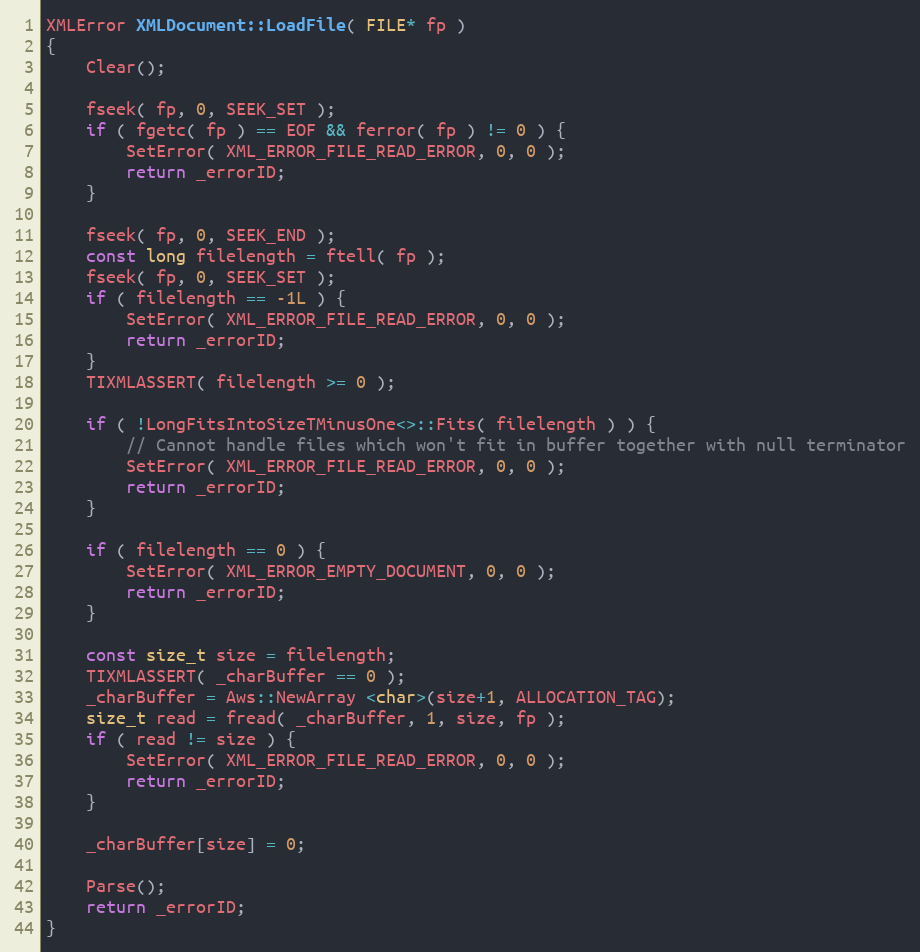
Language: C++
XMLError XMLDocument::LoadFile( FILE* fp )
{
    Clear();

    fseek( fp, 0, SEEK_SET );
    if ( fgetc( fp ) == EOF && ferror( fp ) != 0 ) {
        SetError( XML_ERROR_FILE_READ_ERROR, 0, 0 );
        return _errorID;
    }

    fseek( fp, 0, SEEK_END );
    const long filelength = ftell( fp );
    fseek( fp, 0, SEEK_SET );
    if ( filelength == -1L ) {
        SetError( XML_ERROR_FILE_READ_ERROR, 0, 0 );
        return _errorID;
    }
    TIXMLASSERT( filelength >= 0 );

    if ( !LongFitsIntoSizeTMinusOne<>::Fits( filelength ) ) {
        // Cannot handle files which won't fit in buffer together with null terminator
        SetError( XML_ERROR_FILE_READ_ERROR, 0, 0 );
        return _errorID;
    }

    if ( filelength == 0 ) {
        SetError( XML_ERROR_EMPTY_DOCUMENT, 0, 0 );
        return _errorID;
    }

    const size_t size = filelength;
    TIXMLASSERT( _charBuffer == 0 );
    _charBuffer = Aws::NewArray <char>(size+1, ALLOCATION_TAG);
    size_t read = fread( _charBuffer, 1, size, fp );
    if ( read != size ) {
        SetError( XML_ERROR_FILE_READ_ERROR, 0, 0 );
        return _errorID;
    }

    _charBuffer[size] = 0;

    Parse();
    return _errorID;
}